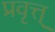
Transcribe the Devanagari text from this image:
प्रवृत्त्